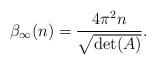
LaTeX: \begin{align*}\beta_{\infty}(n) = \frac{4 \pi^{2} n}{\sqrt{\det(A)}}.\end{align*}